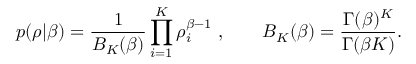
p ( \boldsymbol { \rho } | \beta ) = \frac { 1 } { B _ { K } ( \beta ) } \prod _ { i = 1 } ^ { K } \rho _ { i } ^ { \beta - 1 } \; , \qquad B _ { K } ( \beta ) = \frac { \Gamma ( \beta ) ^ { K } } { \Gamma ( \beta K ) } .